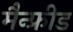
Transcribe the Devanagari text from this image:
मैन्फ्रीड